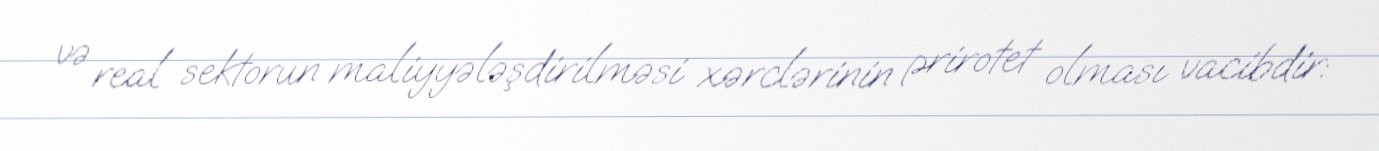
və real sektorun maliyyələşdirilməsi xərclərinin prirotet olması vacibdir: